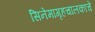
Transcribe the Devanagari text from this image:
सिनेमागृहचालकांचे